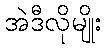
အဲဒီလိုမျိုး